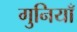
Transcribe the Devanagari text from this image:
गुनियाँ